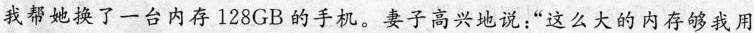
我帮她换了一台内存128GB的手机。妻子高兴地说:“这么大的内存够我用